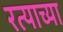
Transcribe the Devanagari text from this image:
रत्याच्या